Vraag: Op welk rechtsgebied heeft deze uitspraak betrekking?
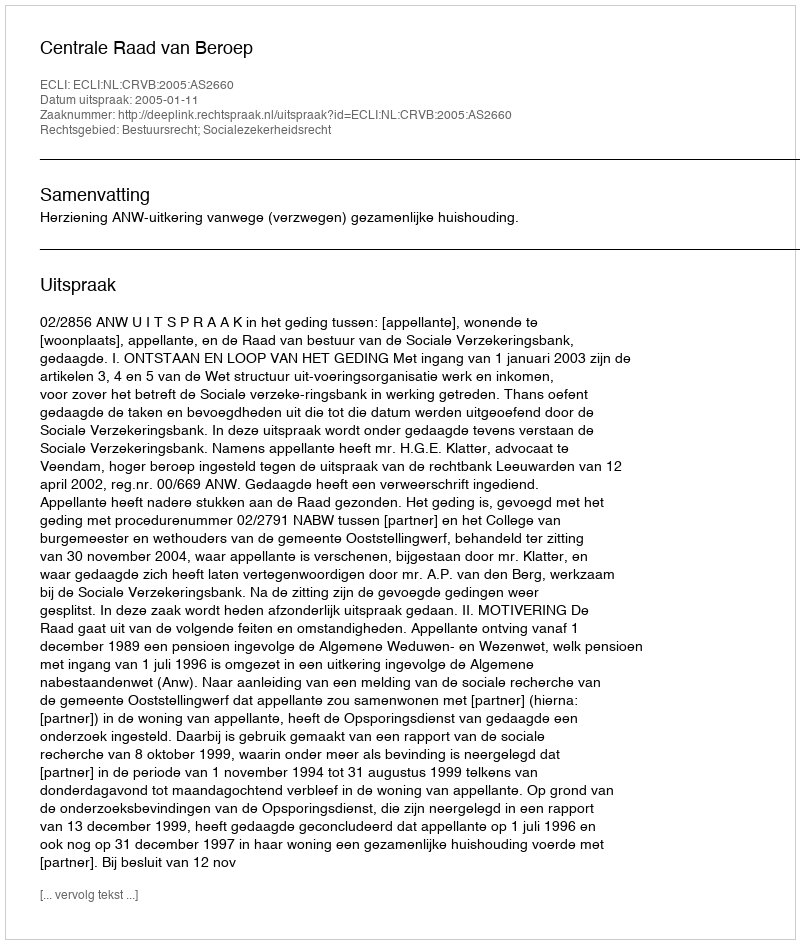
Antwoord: Bestuursrecht; Socialezekerheidsrecht